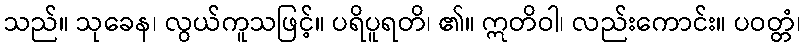
သည်။ သုခေန၊ လွယ်ကူသဖြင့်။ ပရိပူရတိ၊ ၏။ ဣတိဝါ၊ လည်းကောင်း။ ပဝတ္တံ၊